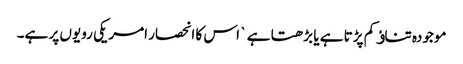
موجودہ تناﺅ کم پڑتا ہے یا بڑھتا ہے ` اس کا انحصار امریکی رویوں پر ہے۔